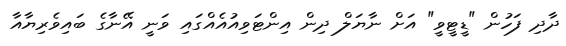
ދާދި ފަހުން "ޑީޓީވީ" އަށް ނާޔަލް ދިން އިންޓަވިއުއެއްގައި ވަނީ އޭނާގެ ބައިވެރިޔާއާ